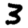
Digit: 3